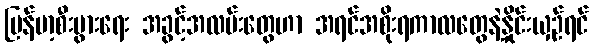
မြန်မာ့စီးပွားရေး အခွင့်အလမ်းတွေဟာ အရင်အစိုးရကာလတွေနဲ့နှိုင်းယှဉ်ရင်